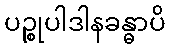
ပဉ္စုပါဒါနခန္ဓာပိ